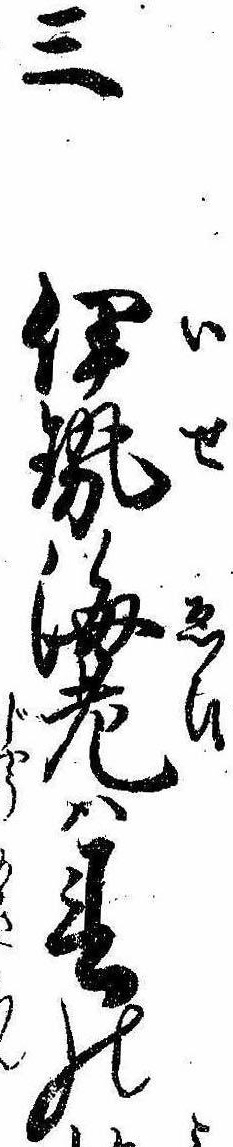
三伊勢海老は春の